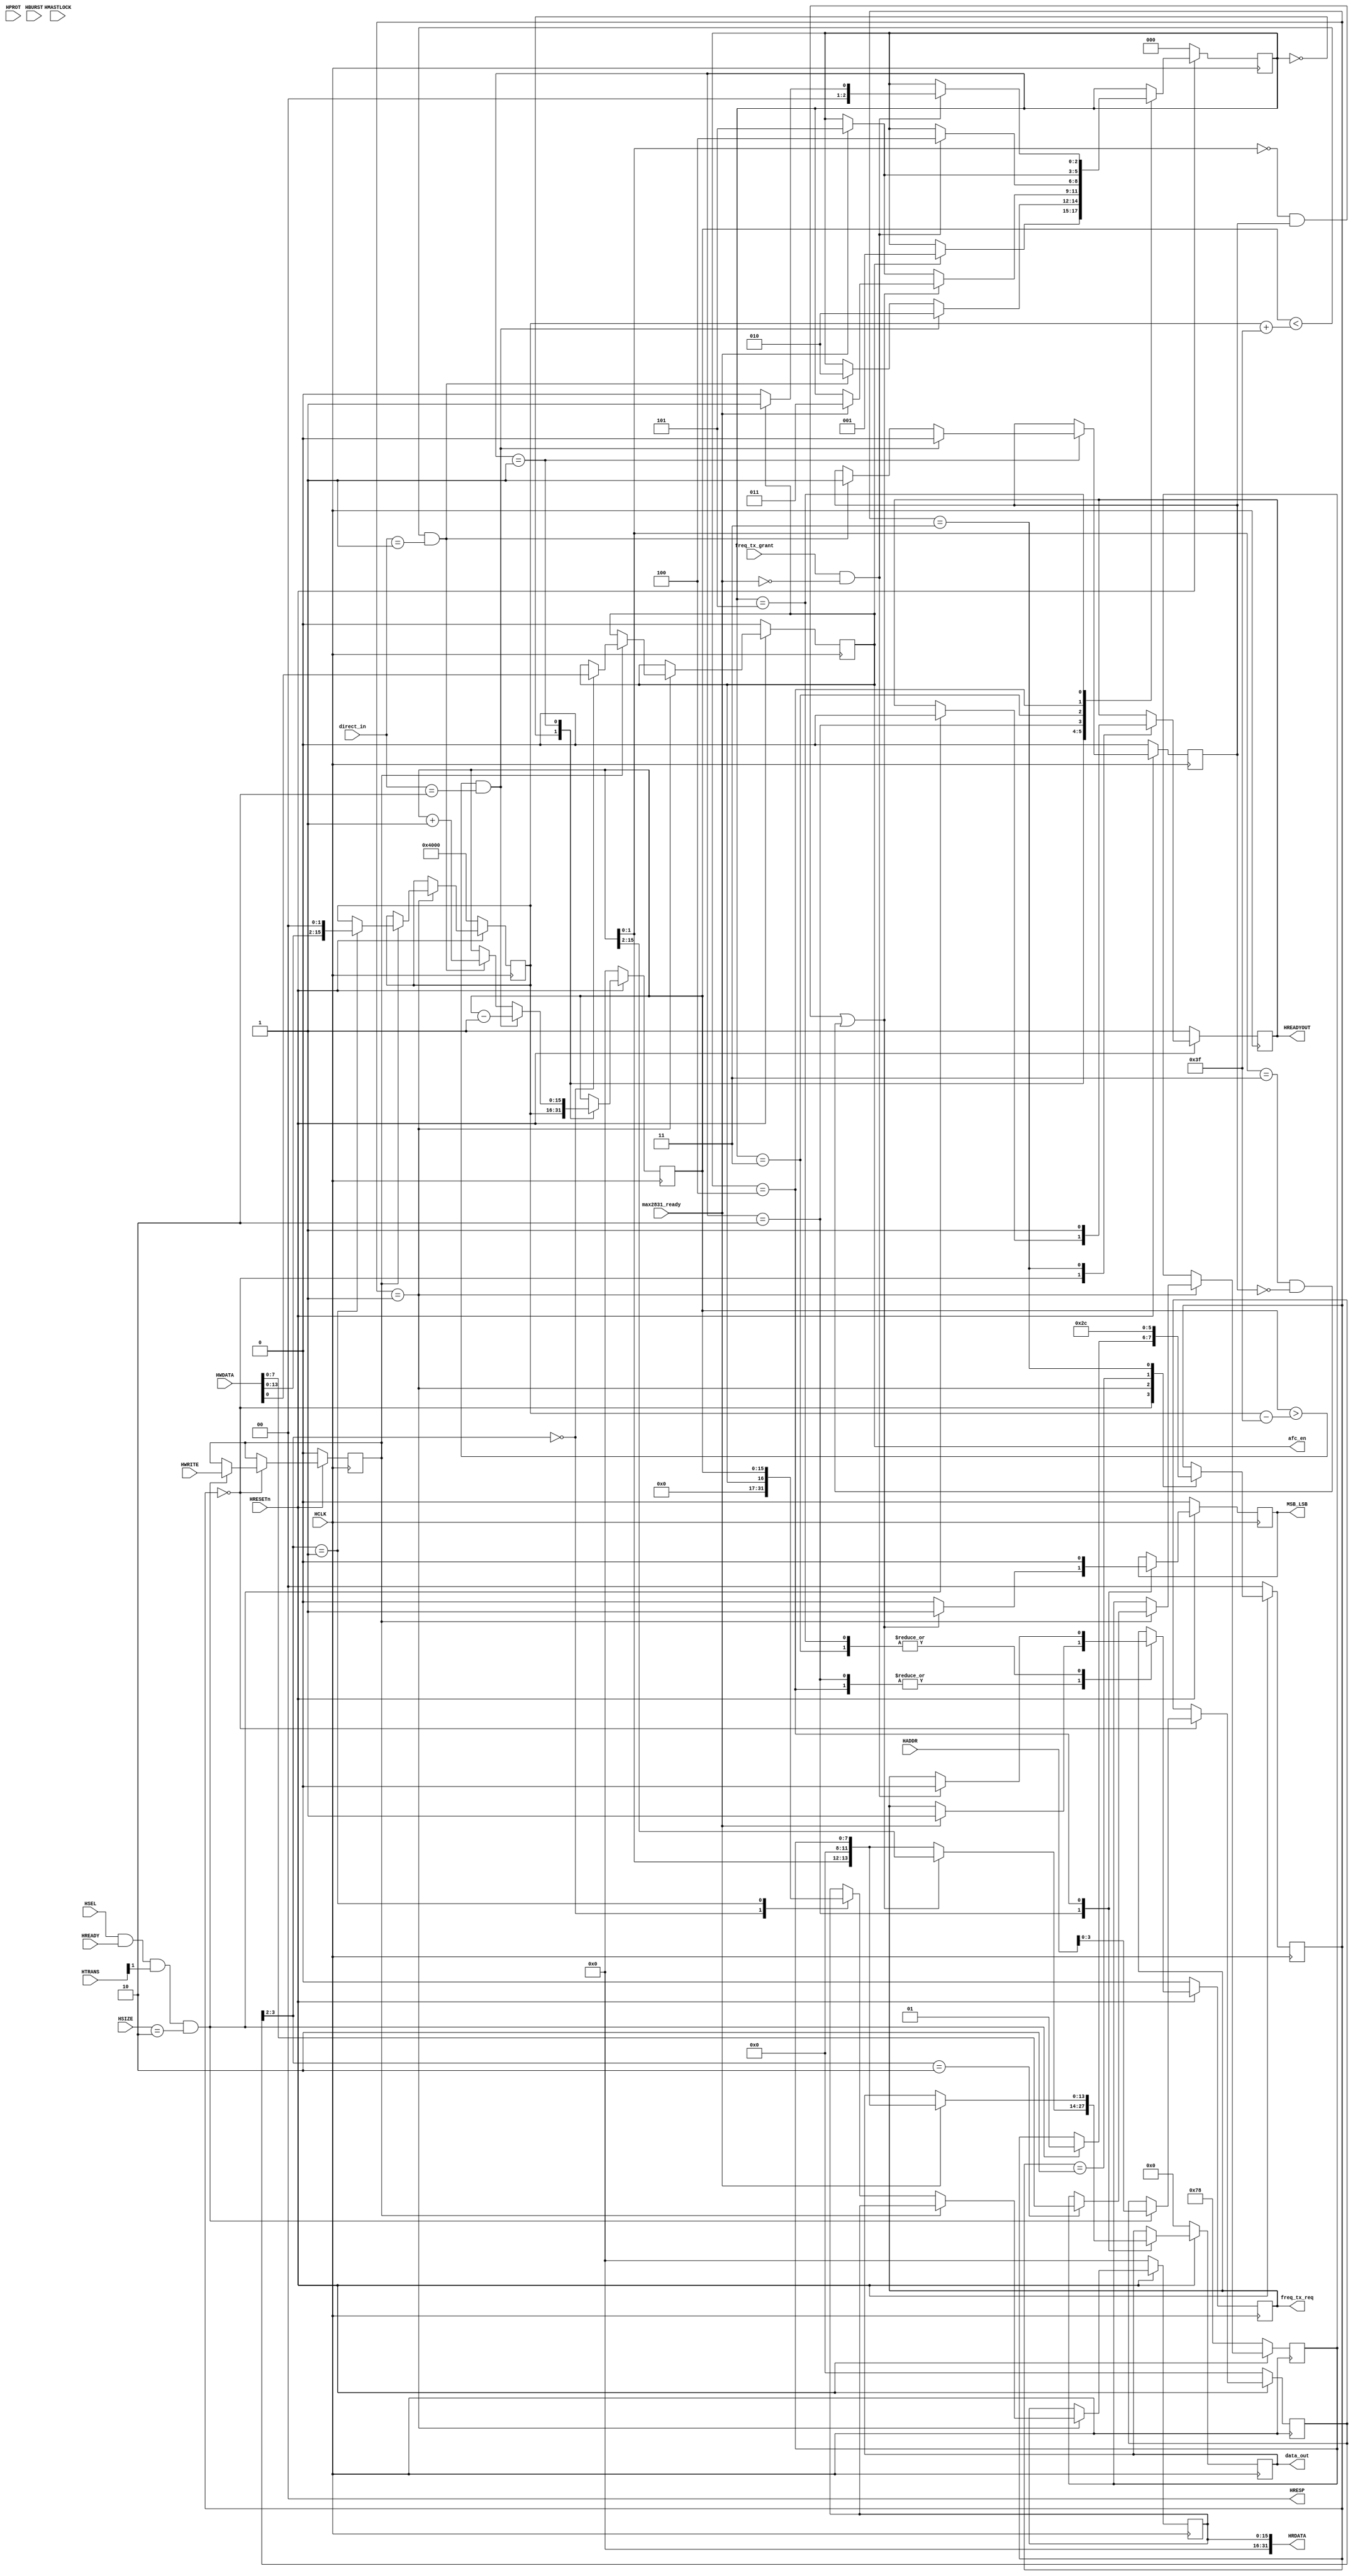
module auto_freq_ctl(	HSEL, HADDR, HWRITE, HSIZE, HBURST, HPROT, HTRANS, 
						HMASTLOCK, HREADY, HWDATA, HRESETn, HCLK,
						HREADYOUT, HRESP, HRDATA, 
						max2831_ready, data_out, MSB_LSB, direct_in, freq_tx_req, freq_tx_grant, afc_en);
					
input 			HSEL, HWRITE, HMASTLOCK, HREADY, HRESETn, HCLK;
input 	[31:0] 	HADDR, HWDATA;
input 	[2:0] 	HSIZE, HBURST;
input 	[3:0] 	HPROT;
input 	[1:0] 	HTRANS;

output 			HREADYOUT;
output 	[1:0] 	HRESP;
output 	[31:0] 	HRDATA;

reg		[1:0]	fsm;
reg				hready_reg, hwrite_reg;
reg		[3:0]	haddr_reg;
reg		[15:0]	HRDATA_reg;

input			max2831_ready;
input	[1:0]	direct_in;
output	[13:0]	data_out;
output			MSB_LSB;
output			freq_tx_req; 
input			freq_tx_grant;
output			afc_en;

reg		[2:0]	state, next_state;
reg		[15:0]	freq, next_freq;
reg		[13:0]	data_out, next_data_out;
reg				en;
reg				MSB_LSB, next_MSB_LSB;
reg				freq_tx_req, next_freq_tx_req;
reg				up_dn, next_up_dn;

reg		[15:0]	initial_freq_frac;	// D13:D0 of R4 + D13:D12 of R3, freq_resolution = 305.2Hz
reg		[7:0]	initial_freq_intg;
wire	[15:0]	freq_upper_bound = initial_freq_frac + 63;
wire	[15:0]	freq_lower_bound = initial_freq_frac - 63;

`define FREQ_RST				3'b000
`define FREQ_LOAD				3'b001
`define FREQ_UPDATE				3'b010
`define FREQ_TX_MSB				3'b011
`define WAIT_FOR_MSB_COMPLETE 	3'b100
`define	FREQ_TX_LSB				3'b101

assign HRDATA		= {16'b0, HRDATA_reg};
assign HRESP		= 2'b00;
assign HREADYOUT = hready_reg;
assign afc_en = en;

always @ (posedge HCLK)
begin
	if (~HRESETn)
	begin
		fsm <= 2'b00;
		hready_reg <= 1;
		hwrite_reg <= 0;
		haddr_reg <= 0;
		en <= 0;
		initial_freq_frac <= 16384;
		initial_freq_intg <= 120;
		HRDATA_reg <= 0;
	end
	else
	begin
		case (fsm)
			2'b00:
			begin
				if (HSEL && HREADY && HTRANS[1] && HSIZE==3'b010 )
				begin
					hwrite_reg	<= HWRITE;
					fsm			<= 2'b01;
					hready_reg	<= 0;
					haddr_reg	<= HADDR[3:0];
				end
			end

			2'b01:
			begin
				fsm <= 2'b10;
				if (hwrite_reg)	// write
				begin
					case (haddr_reg[3:2])
						2'b00:
						begin
							en <= HWDATA[0];
						end

						2'b01:
						begin
							initial_freq_frac <= {HWDATA[13:0], 2'b00};
						end

						2'b10:
						begin
							initial_freq_intg <= HWDATA[7:0];
						end
					endcase
				end
				else	// read
				begin
					case (haddr_reg[3:2])
						2'b00:
						begin
							HRDATA_reg <= {15'b0, en};
						end

						2'b01:
						begin
							HRDATA_reg <= freq;
						end
					endcase
				end
			end

			2'b10:
			begin
				fsm <= 2'b11;
			end

			2'b11:
			begin
				fsm <= 2'b00;
				hready_reg <= 1;
			end

		endcase
	end
end

always @ (posedge HCLK)
begin
	if (~HRESETn)
	begin
		freq 		<= 0;
		state 		<= `FREQ_RST;
		freq_tx_req <= 0;
		data_out 	<= 0;
		MSB_LSB		<= 0;
		up_dn		<= 0;
	end
	else
	begin
		freq 		<= next_freq;
		state 		<= next_state;
		freq_tx_req <= next_freq_tx_req;
		data_out 	<= next_data_out;
		MSB_LSB		<= next_MSB_LSB;
		up_dn 		<= next_up_dn;
	end
end

always @ *
begin
	next_freq = freq;
	next_state = state;
	next_freq_tx_req = freq_tx_req;
	next_data_out = data_out;
	next_MSB_LSB = MSB_LSB;
	next_up_dn = up_dn;

	case (state)
		`FREQ_RST:
		begin
			next_freq = initial_freq_frac;
			if (en)
				next_state = `FREQ_LOAD;
		end

		`FREQ_LOAD:
		begin
			if ((freq<freq_upper_bound)&&(direct_in==2'b01))	// increase freq;
			begin
				next_freq = freq + 1;
				next_state = `FREQ_UPDATE;
				next_up_dn = 1;
			end

			if ((freq>freq_lower_bound)&&(direct_in==2'b10))	// decrease freq;
			begin
				next_freq = freq - 1;
				next_state = `FREQ_UPDATE;
				next_up_dn = 0;
			end
		end

		`FREQ_UPDATE:
		begin
			if (((freq[1:0]==0)&&(up_dn==1))||((freq[1:0]==2'b11)&&(up_dn==0)))	// both MSB and LSB need to be transmitted
			begin
				if (max2831_ready)
				begin
					next_state = `FREQ_TX_MSB;
					next_freq_tx_req = 1;
				end
				next_MSB_LSB = 1;
				next_data_out = freq[15:2];
			end
			else
			begin				// only LSB needs to be transmitted
				if (max2831_ready)
				begin
					next_state = `FREQ_TX_LSB;
					next_freq_tx_req = 1;
				end
				next_MSB_LSB = 0;
				next_data_out = {freq[1:0], 4'b0, initial_freq_intg};
			end
		end

		`FREQ_TX_MSB:
		begin
			if (freq_tx_grant&~max2831_ready)
			begin
				next_freq_tx_req = 0;
				next_state = `WAIT_FOR_MSB_COMPLETE;
			end
		end

		`WAIT_FOR_MSB_COMPLETE:
		begin
			next_MSB_LSB = 0;
			if (max2831_ready)
			begin
				next_state = `FREQ_TX_LSB;
				next_freq_tx_req = 1;
				next_data_out = {freq[1:0], 4'b0, initial_freq_intg};
			end
		end

		`FREQ_TX_LSB:
		begin
			if (freq_tx_grant&~max2831_ready)
			begin
				next_freq_tx_req = 0;
				if (en)
					next_state = `FREQ_LOAD;
				else
					next_state = `FREQ_RST;
			end
		end
	endcase
end

endmodule